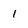
Character: 1